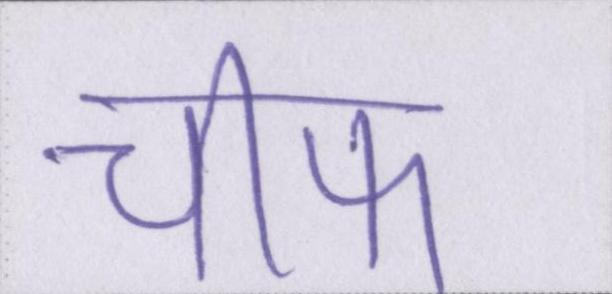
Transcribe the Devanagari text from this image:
चीफ